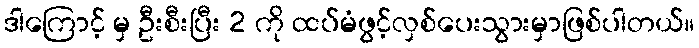
ဒါကြောင့် မှ ဦးစီးပြီး 2 ကို ထပ်မံဖွင့်လှစ်ပေးသွားမှာဖြစ်ပါတယ်။